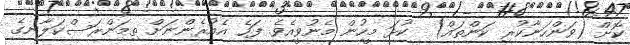
ކޮށް (ވަންހަނާކުރި ކަންތައް)  ކުޅަ މީހުން މެނުވީއެވެ. ފަހެ އެއުރެންނަށް ތިމަންރަސްކަލާނގެ